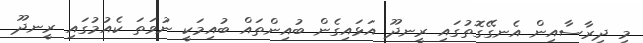
މި ދިރާސާއިން އެނގޭގޮތުގައި ރީނދޫ އަޅައިގެން ބުއިންތައް ބުއިމަކީ ނުވަތަ ކެއުމުގައި ރީނދޫ